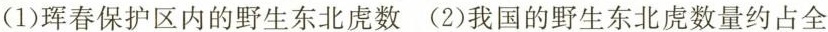
(1)珲春保护区内的野生东北虎数 (2)我国的野生东北虎数量约占全